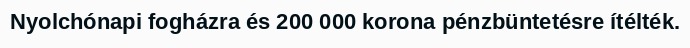
Nyolchónapi fogházra és 200 000 korona pénzbüntetésre ítélték.